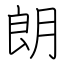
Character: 朗